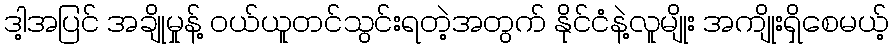
ဒါ့အပြင် အချိုမှုန့် ဝယ်ယူတင်သွင်းရတဲ့အတွက် နိုင်ငံနဲ့လူမျိုး အကျိုးရှိစေမယ့်